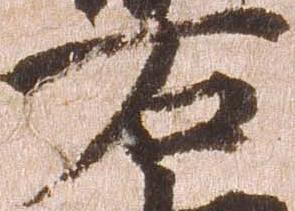
右